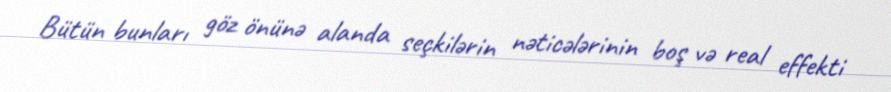
Bütün bunları göz önünə alanda seçkilərin nəticələrinin boş və real effekti